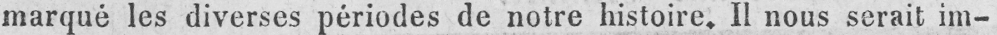
marqué les diverses périodes de notre histoire. II nous serait im-